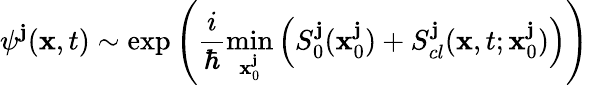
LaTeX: \psi^{\mathbf{j}}(\textbf{{x}},t)\sim\exp\left(\frac{{i}}{{\hbar}}\operatorname*{min}_{\textbf{{x}}_{0}^{\mathbf{j}}}\left(S_{0}^{\mathbf{j}}(\textbf{{x}}_{0}^{\mathbf{j}})+S_{cl}^{\mathbf{j}}(\textbf{{x}},t;\textbf{{x}}_{0}^{\mathbf{j}})\right)\right)